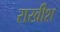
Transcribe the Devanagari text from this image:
राखीश